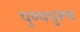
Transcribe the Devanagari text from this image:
पुण्यपुरूष